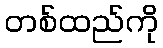
တစ်ထည်ကို